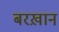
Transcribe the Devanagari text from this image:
बरख़ान